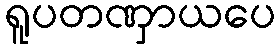
ရူပတဏှာယပေ